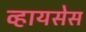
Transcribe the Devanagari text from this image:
व्हायसेस